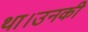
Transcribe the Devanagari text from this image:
था।उनकी